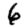
Digit: 6